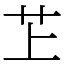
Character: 䒙